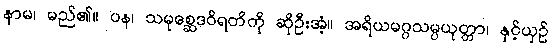
နာမ၊ မည်၏။ ပန၊ သမုစ္ဆေဒဝိရတိကို ဆိုဦးအံ့။ အရိယမဂ္ဂသမ္ပယုတ္တာ၊ နှင့်ယှဉ်